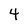
Character: 4